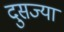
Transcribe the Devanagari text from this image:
दुसज्या